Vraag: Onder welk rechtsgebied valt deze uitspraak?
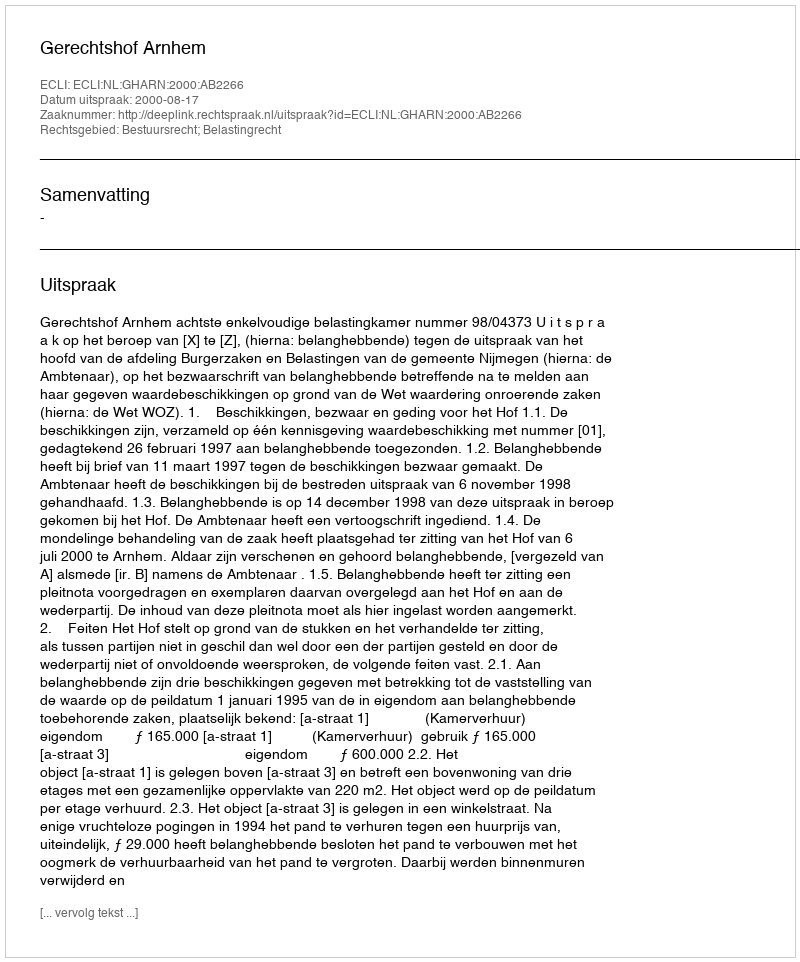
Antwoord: Bestuursrecht; Belastingrecht